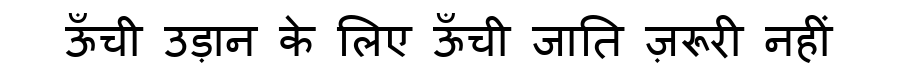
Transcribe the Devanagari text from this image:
ऊँची उड़ान के लिए ऊँची जाति ज़रूरी नहीं